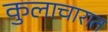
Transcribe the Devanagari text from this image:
कुलाचारात